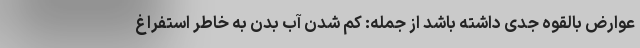
عوارض بالقوه جدی داشته باشد از جمله: کم شدن آب بدن به خاطر استفراغ